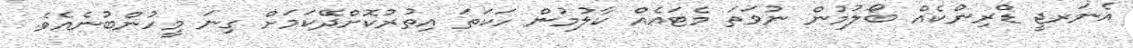
އެނަރޖީ ޑްރިންކެއް ބޯލުމުން ނުވަތަ މެޓައެއް ކާލުމުން ހަކަތަ އިތުރުކޮށްދޭކަމަށް ގިނަ މީހުންބުނެއެވެ.